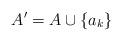
LaTeX: \begin{align*}A' = A \cup \{ a_k\} \end{align*}